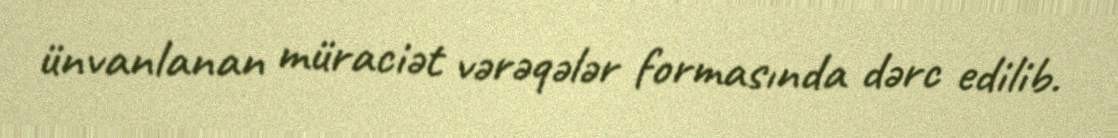
ünvanlanan müraciət vərəqələr formasında dərc edilib.